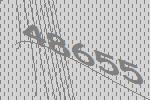
48655